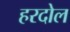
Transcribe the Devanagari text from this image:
हरदोल